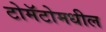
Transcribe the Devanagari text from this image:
टोमॅटोमधील